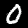
Label: 0